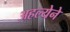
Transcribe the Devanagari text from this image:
अहल्येने